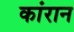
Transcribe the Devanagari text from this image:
कांरान